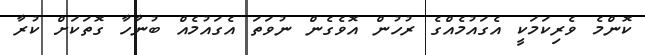
ކޮންމެ ވެރިކަމަކީ އެގައުމެއްގެ ރުހުން އޮވެގެން ނުވަތަ އެގައުމެއް ބުނާހާ ގޮތަކަށް ކުރާ